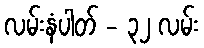
လမ်းနံပါတ် - ၃၂ လမ်း